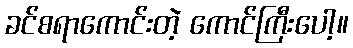
ခင်စရာကောင်းတဲ့ ကောင်ကြီးပေါ့။